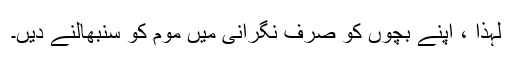
لہذا ، اپنے بچوں کو صرف نگرانی میں موم کو سنبھالنے دیں۔